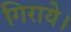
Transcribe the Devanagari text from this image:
गिराये।